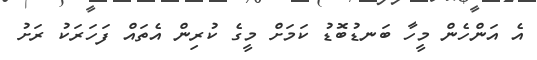
އެ އަންހެން މީހާ ބަނޑުބޮޑު ކަމަށް މީގެ ކުރިން އެތައް ފަހަރަކު ރަށު